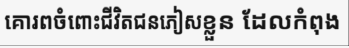
គោរពចំពោះជីវិតជនភៀសខ្លួន ដែលកំពុង